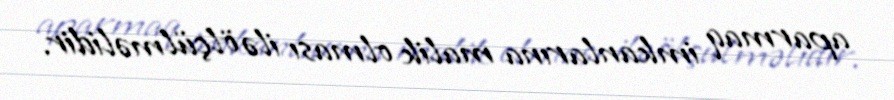
aparmaq imkanlarına malik olması ilə ölçülməlidir.